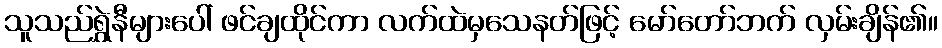
သူသည်ရွှဲနီများပေါ် ဖင်ချထိုင်ကာ လက်ထဲမှသေနတ်ဖြင့် မော်တော်ဘက် လှမ်းချိန်၏။